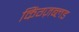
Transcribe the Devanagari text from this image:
किंग्ज़ब्लड